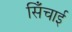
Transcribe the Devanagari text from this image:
सिँचाई